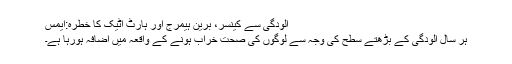
آلودگی سے کینسر، برین ہیمرج اور ہارٹ اٹیک کا خطرہ:ایمس
ہر سال آلودگی کے بڑھتے سطح کی وجہ سے لوگوں کی صحت خراب ہونے کے واقعہ میں اضافہ ہورہا ہے۔